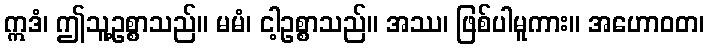
ဣဒံ၊ ဤသူ့ဥစ္စာသည်။ မမံ၊ ငါ့ဥစ္စာသည်။ အဿ၊ ဖြစ်ပါမူကား။ အဟောဝတ၊